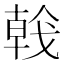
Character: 𢧢